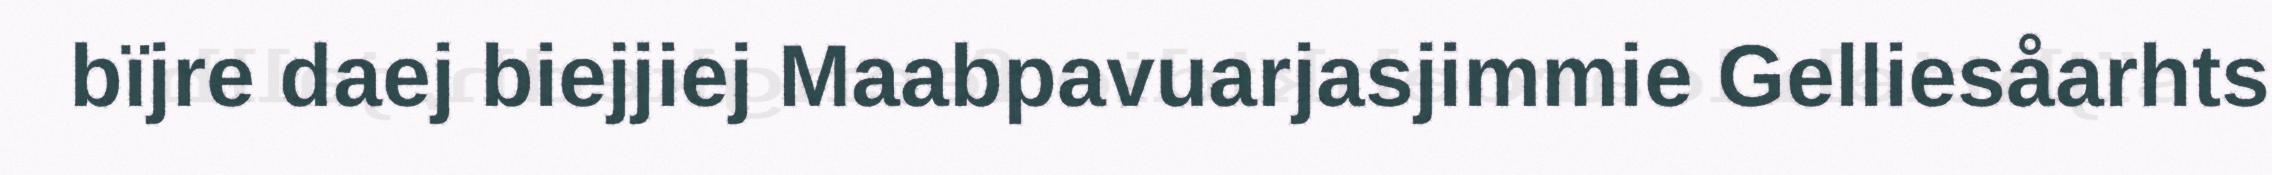
bïjre daej biejjiej Maabpavuarjasjimmie Gelliesåarhts